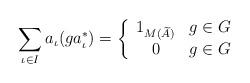
LaTeX: \begin{align*}\sum_{\iota \in I} a_{\iota}(ga^*_\iota)=\left\{\begin{array}{c l} 1_{M(\widetilde{A})} & g \in G \\ 0 & g \in G \end{array}\right.\end{align*}